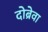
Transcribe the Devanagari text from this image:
दोब्रेवा